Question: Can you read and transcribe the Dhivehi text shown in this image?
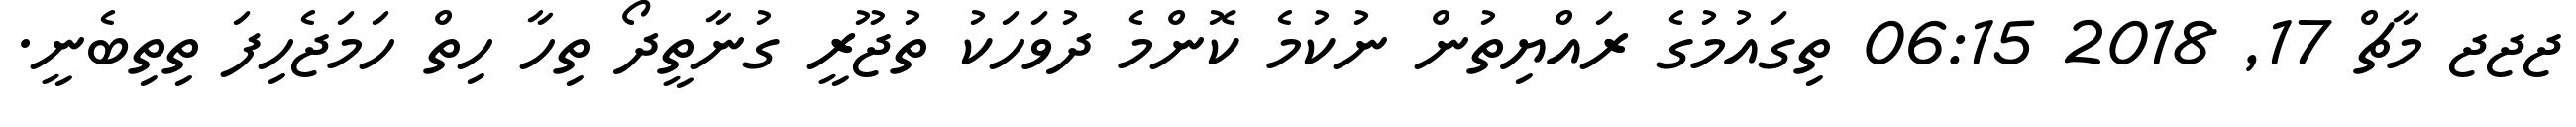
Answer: ޖޖޖ މާޗް 17, 2018 06:15 ތިގައުމުގެ ރައްޔިތުން ނުކުމެ ކޮންމެ ދުވަހަކު ތުޖޫރީ ގުނާތީދޯ ތިހާ ހިތް ހަމަޖެހިފަ ތިތިބެނީ.